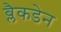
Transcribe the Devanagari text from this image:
ब्लैकडेन